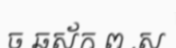
ច ឆស័ក ព .ស